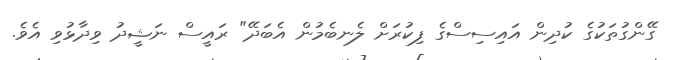
ގޭންގުތަކުގެ ކުދިން އައިސިސްގެ ފިކުރަށް ލެނބެމުން އެބަދޭ" ރައީސް ނަޝީދު ވިދާޅުވި އެވެ.